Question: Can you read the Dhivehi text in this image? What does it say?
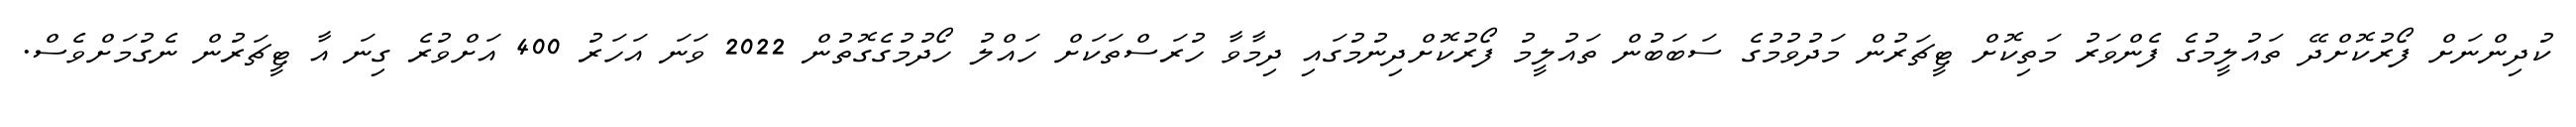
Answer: ކުދިންނަށް ފޯރުކޮށްދޭ ތައުލީމުގެ ފެންވަރު މަތިކޮށް ޓީޗަރުން މަދުވުމުގެ ސަބަބުން ތައުލީމު ފޯރުކޮށްދިނުމުގައި ދިމާވާ ހުރަސްތަކަށް ހައްލު ހޯދުމުގެގޮތުން 2022 ވަނަ އަހަރު 400 އަށްވުރެ ގިނަ އާ ޓީޗަރުން ނެގުމަށްވެސް.